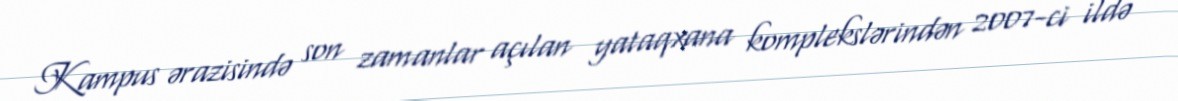
Kampus ərazisində son zamanlar açılan yataqxana komplekslərindən 2007-ci ildə